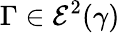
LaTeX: \Gamma\in\mathcal{E}^{2}(\gamma)